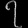
Digit: ၇